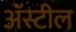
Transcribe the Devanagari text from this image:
अॅस्टील